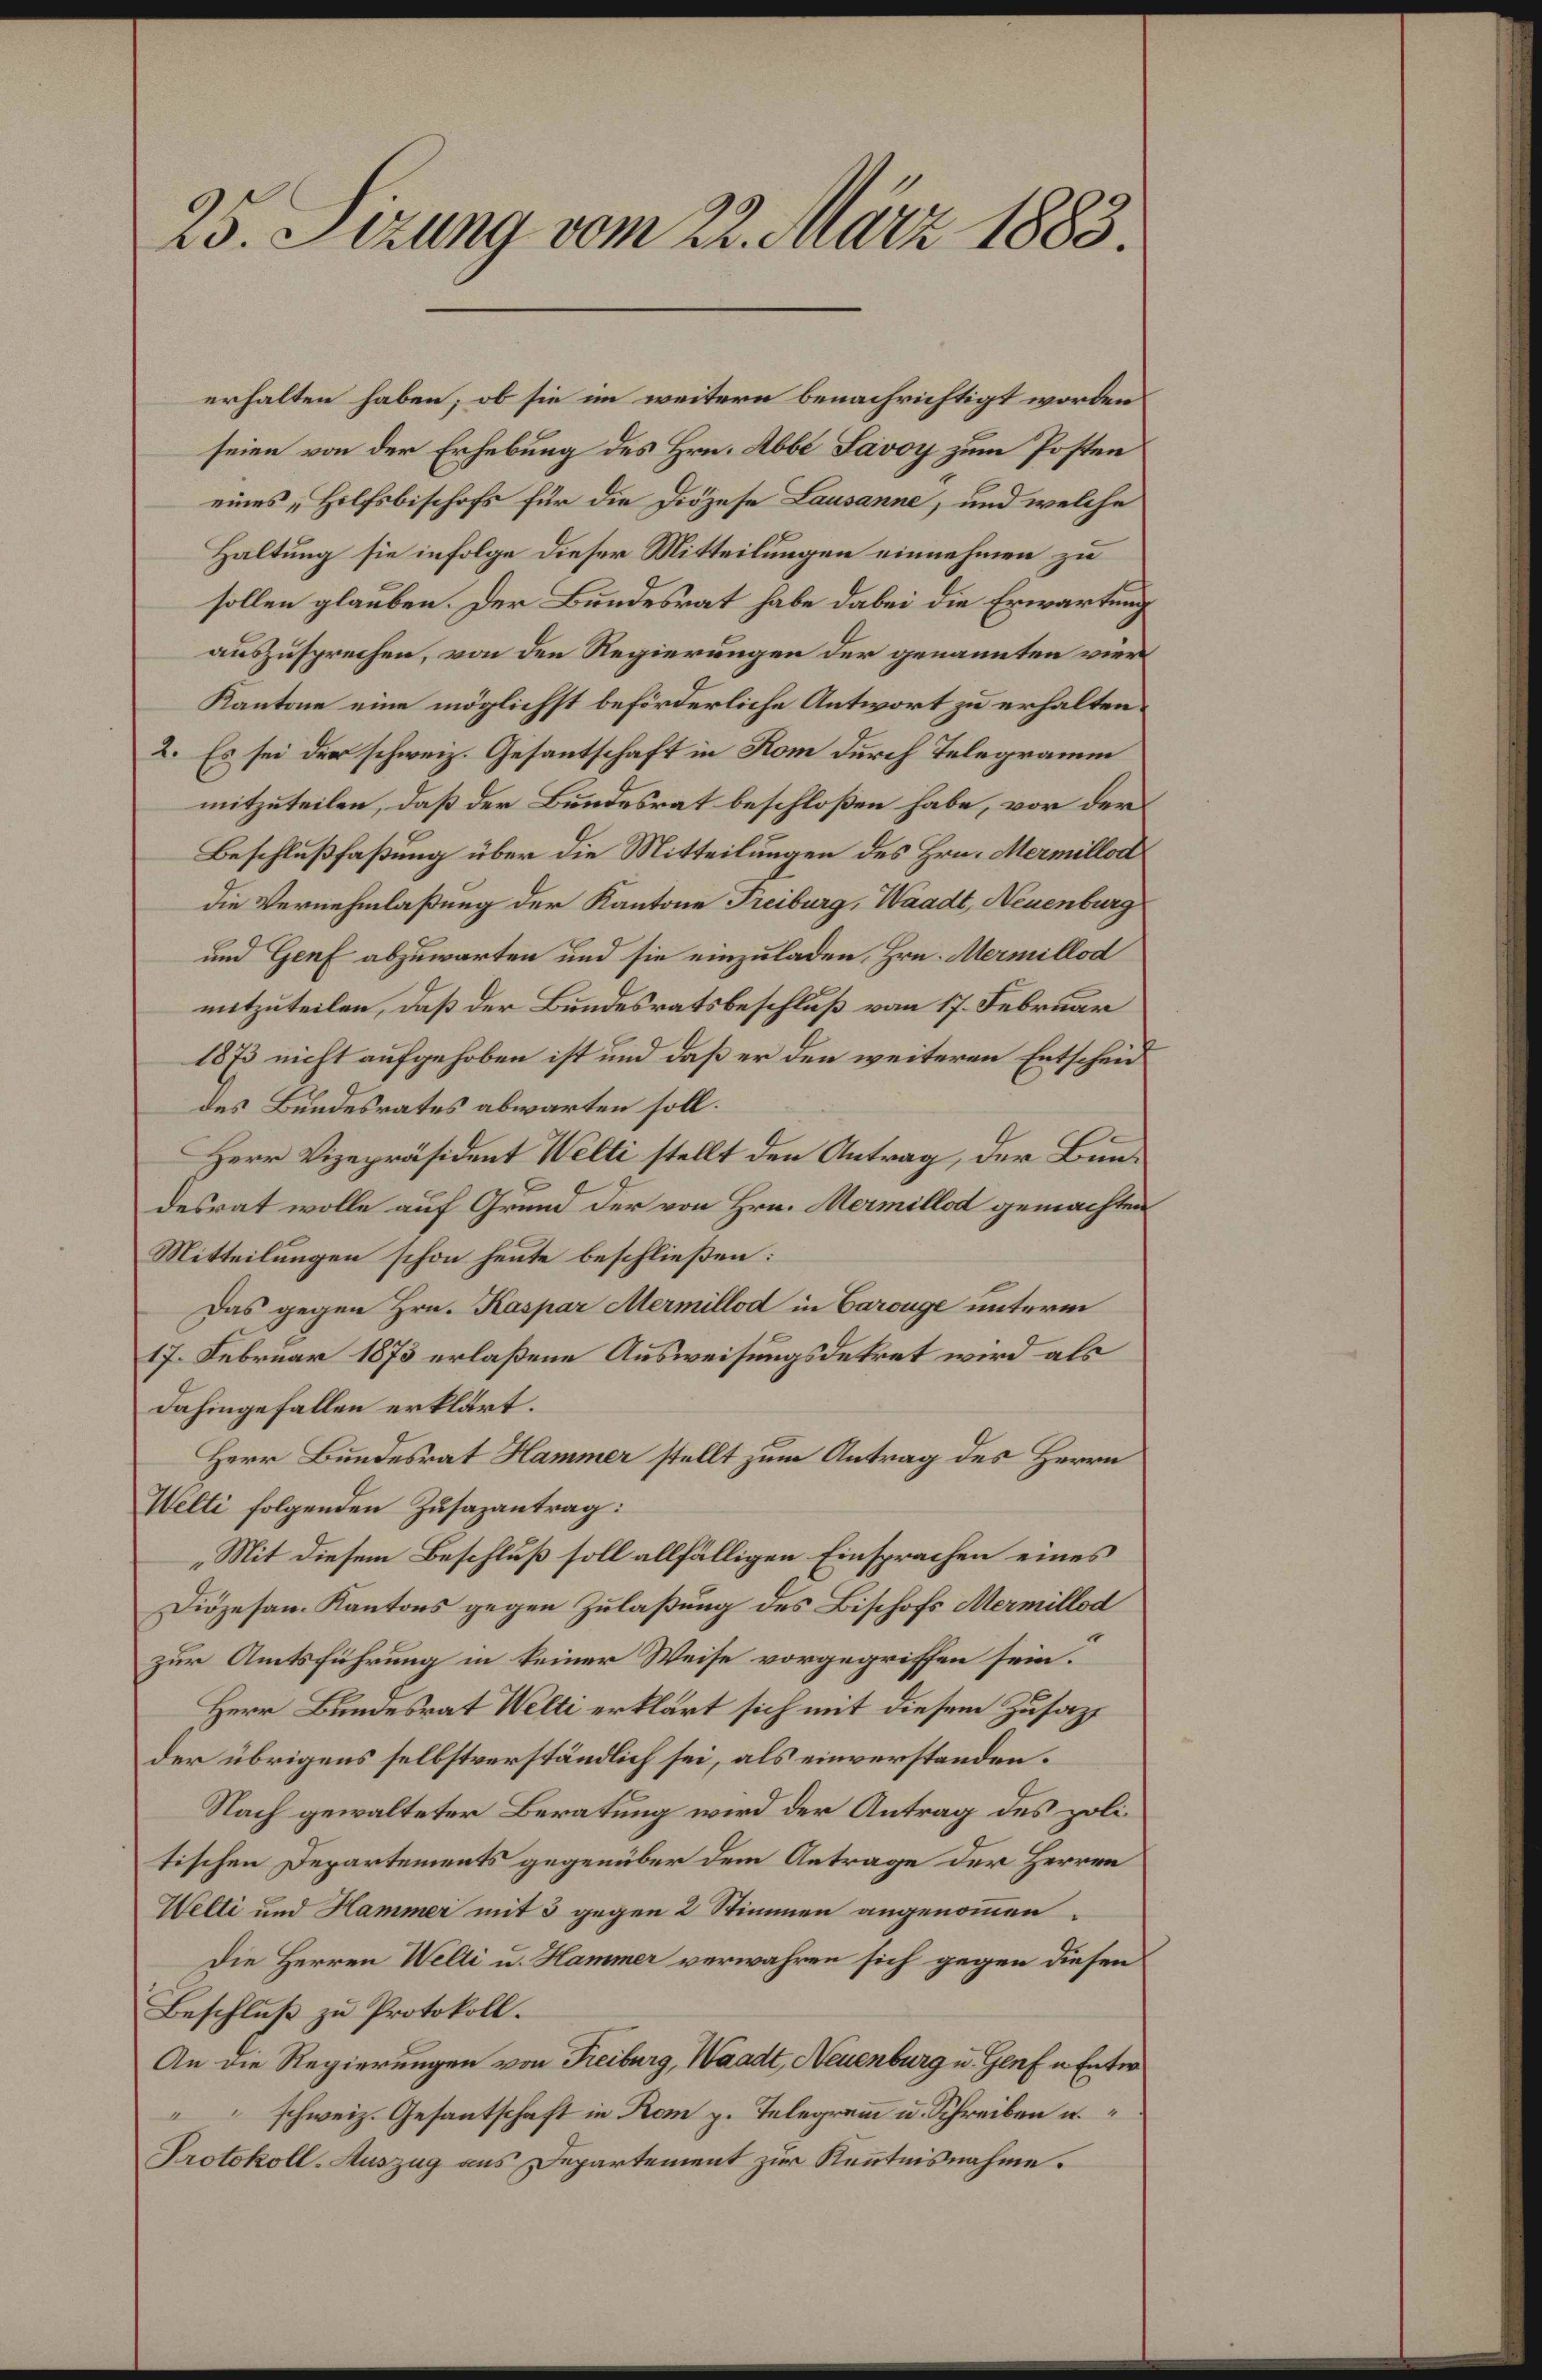
2o. Jrrng. vn ntr 1883.
erhalten haben, ob sie in weitern benachrichtgt worken
seiee von der Erhebung des Hrn Ubt agay zum Posten
einesHolhrbischrfs fülr die Ddzese Koanc, und welches
Haltung sie infolge dieser Mitteilungen einnehmen zu
sollen glauben, der Bendesrat habe dabei die Erwartug
auszusprechen, von den Regierungen der genannten vier
Kantne ein möglichst beförderliche Antwort zu erhelten
2. Es sei des schweiz. Gesantschaft in Rom durch Telegranmn
itzteilen, daß der Bendesret beschloßen habe, vor der
Beschlußfasung über die Mitteilungen des Hrm Mamillad
Die Vernehmlaßtung der Kantone Ribag Vaadl ienbag
uad Gaf abzuwarten und sie einzuladen Hr. Memellan
eitziteilen, dußs der Bendesratsbeschluß von 17. Febrkmr
0Es nicht aufgehöben ist und daß er den veiteron Etschend
des Bundesrates abwarten soll.
Herr Vgepräsdent Melli stelt den Antaag, der Ban¬
desrat wolle auf Gund der von Hr. Kamillt gemachts
Mitteilungen schon heute beschließen:
das gegen Hrn. Racsiar Aeamillot in Brange unterr
7. Sebrnar 1873 erlaßene Ausweisungsdekret wirnd els
dahigefallen ertldet.
Herr Bundestat Naner stellt zum Antrag des Hrrrn
Velli folgenden Zusapantrag:
Mit diesen Beschluß sollalfälligen Einsprachen eines
Diöjesanm Kantons gegen Zulaßsung des Bishof Krmillan
zur Amtführung in einer Weise vorgegrissen sein
Herr Bndesrat Mälli ertärt sich mit diesen Zusaz
der übrigens sellstverständlich sei, als einverstenden.
Nach gewalteter Beratung wird der Antrag des zoli
tischen Departements gegenüber dem Aetrage der Herren
Melti unmd Nannar mit 3 gegen 2 Stinmen angenomen¬
die Herren Melli u Ranmer verwahren sich gegen desen
Beschluß zu Prottoll:.
An in Regierungen von Reibung, äatl nbag e Hlaf nEntr
„  schweiz. Gesantschaft in Roan z. Telegan in. Shreiben n
Saotkoll. tzug aus epartement zur Keitisnahme